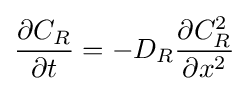
{\frac {\partial C_{R}}{\partial t}}=-D_{R}{\frac {\partial C_{R}^{2}}{\partial x^{2}}}